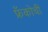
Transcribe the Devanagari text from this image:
फ्रँकोची